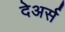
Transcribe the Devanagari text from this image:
देअर्स